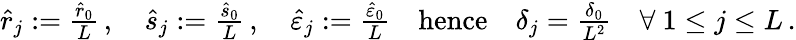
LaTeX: \begin{array}{r}{\hat{r}_{j}:=\frac{\hat{r}_{0}}{L}\, ,\quad\hat{s}_{j}:=\frac{\hat{s}_{0}}{L}\, ,\quad\hat{\varepsilon}_{j}:=\frac{\hat{\varepsilon}_{0}}{L}\quad\mathrm{hence}\quad\delta_{j}=\frac{\delta_{0}}{L^{2}}\quad\forall\ 1\le j\le L\, .}\end{array}